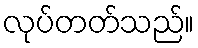
လုပ်တတ်သည်။